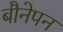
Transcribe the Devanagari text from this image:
बौनेपन